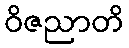
ဝိဇညာတိ